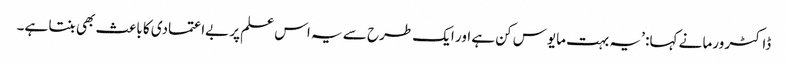
ڈاکٹر ورما نے کہا: ’یہ بہت مایوس کن ہے اور ایک طرح سے یہ اس علم پر بےاعتمادی کا باعث بھی بنتا ہے۔